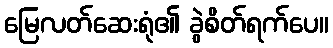
မြေလတ်ဆေးရုံ၏ ခွဲစိတ်ရက်ပေ။